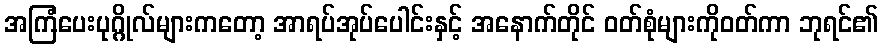
အကြံပေးပုဂ္ဂိုလ်များကတော့ အာရပ်အုပ်ပေါင်းနှင့် အနောက်တိုင် ဝတ်စုံများကိုဝတ်ကာ ဘုရင်၏